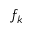
f _ { k }